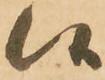
候